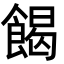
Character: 餲